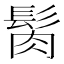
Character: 𩬳